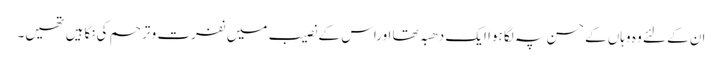
ان کے لئے وہ وہاں کے حسن پہ لگا ہوا ایک دھبہ تھا اوراس کے نصیب میں نفرت و ترحم کی نگاہیں تھیں۔